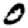
Digit: 0